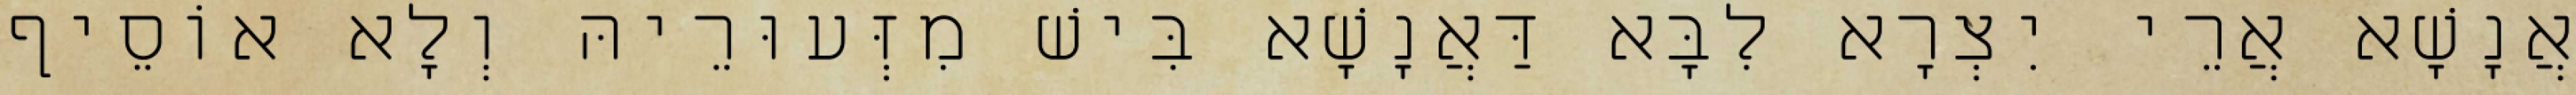
אֲנָשָׁא אֲרֵי יִצְרָא לִבָּא דַּאֲנָשָׁא בִּישׁ מִזְּעוּרֵיהּ וְלָא אוֹסֵיף